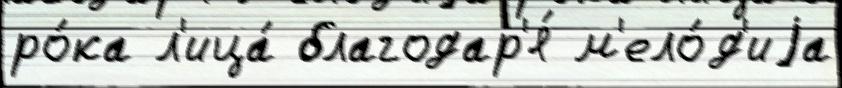
ро́ка л'ица́ благодар'я́ м'ело́д'иjа